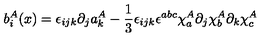
b _ { i } ^ { A } ( x ) = \epsilon _ { i j k } \partial _ { j } a _ { k } ^ { A } - \frac { 1 } { 3 } \epsilon _ { i j k } \epsilon ^ { a b c } \chi _ { a } ^ { A } \partial _ { j } \chi _ { b } ^ { A } \partial _ { k } \chi _ { c } ^ { A }